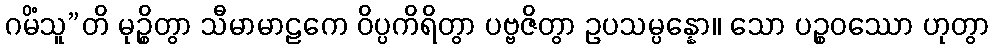
ဂမိံသူ”တိ မုဉ္စိတွာ သီမာမာဠကေ ဝိပ္ပကိရိတွာ ပဗ္ဗဇိတွာ ဥပသမ္ပန္နော။ သော ပဉ္စဝဿော ဟုတွာ